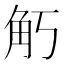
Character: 𧢵